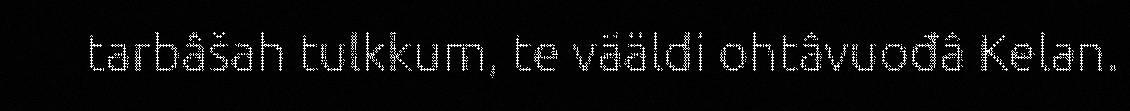
tarbâšah tulkkum, te vääldi ohtâvuođâ Kelan.